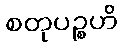
စတုပဉ္စဟိ